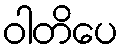
ဝါတိပေ